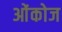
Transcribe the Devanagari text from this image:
ओंकोज